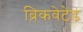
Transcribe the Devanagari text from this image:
ब्रिकवेटेड